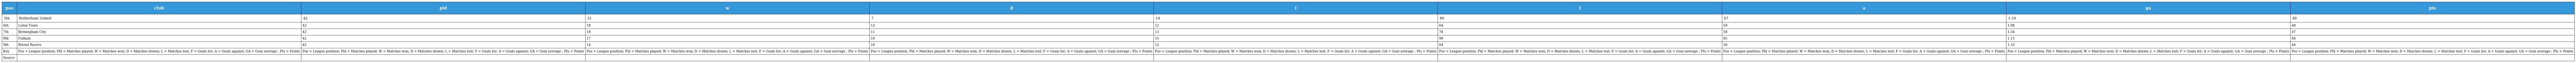
| pos | club | pld | w | d | l | f | a | ga | pts |
 | --- | --- | --- | --- | --- | --- | --- | --- | --- | --- |
 | 5th | Rotherham United | 42 | 21 | 7 | 14 | 80 | 67 | 1.19 | 49 |
 | 6th | Luton Town | 42 | 18 | 12 | 12 | 64 | 59 | 1.08 | 48 |
 | 7th | Birmingham City | 42 | 18 | 11 | 13 | 78 | 58 | 1.34 | 47 |
 | 8th | Fulham | 42 | 17 | 10 | 15 | 98 | 85 | 1.15 | 44 |
 | 9th | Bristol Rovers | 42 | 14 | 16 | 12 | 64 | 58 | 1.10 | 44 |
 | Key | Pos = League position; Pld = Matches played; W = Matches won; D = Matches drawn; L = Matches lost; F = Goals for; A = Goals against; GA = Goal average ; Pts = Points | Pos = League position; Pld = Matches played; W = Matches won; D = Matches drawn; L = Matches lost; F = Goals for; A = Goals against; GA = Goal average ; Pts = Points | Pos = League position; Pld = Matches played; W = Matches won; D = Matches drawn; L = Matches lost; F = Goals for; A = Goals against; GA = Goal average ; Pts = Points | Pos = League position; Pld = Matches played; W = Matches won; D = Matches drawn; L = Matches lost; F = Goals for; A = Goals against; GA = Goal average ; Pts = Points | Pos = League position; Pld = Matches played; W = Matches won; D = Matches drawn; L = Matches lost; F = Goals for; A = Goals against; GA = Goal average ; Pts = Points | Pos = League position; Pld = Matches played; W = Matches won; D = Matches drawn; L = Matches lost; F = Goals for; A = Goals against; GA = Goal average ; Pts = Points | Pos = League position; Pld = Matches played; W = Matches won; D = Matches drawn; L = Matches lost; F = Goals for; A = Goals against; GA = Goal average ; Pts = Points | Pos = League position; Pld = Matches played; W = Matches won; D = Matches drawn; L = Matches lost; F = Goals for; A = Goals against; GA = Goal average ; Pts = Points | Pos = League position; Pld = Matches played; W = Matches won; D = Matches drawn; L = Matches lost; F = Goals for; A = Goals against; GA = Goal average ; Pts = Points |
 | Source |  |  |  |  |  |  |  |  |  |